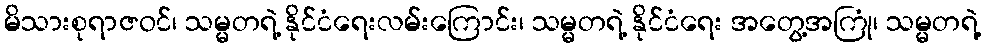
မိသားစုရာဇဝင်၊ သမ္မတရဲ့ နိုင်ငံရေးလမ်းကြောင်း၊ သမ္မတရဲ့ နိုင်ငံရေး အတွေ့အကြုံ၊ သမ္မတရဲ့